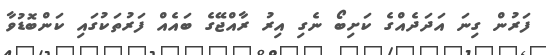
ފަރުން ގިނަ އަދަދެއްގެ ކަށިބޯ ނެގި އިރު ރާއްޖޭގެ ބައެއް ފަރުތަކުގައި ކަންބޮޑުވާ